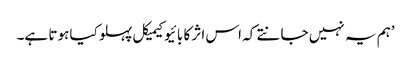
’ہم یہ نہیں جانتے کہ اس اثر کا بائیوکیمیکل پہلو کیا ہوتا ہے۔